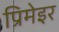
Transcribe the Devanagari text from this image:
प्रिमेइर